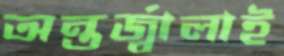
অন্তর্জ্বালাই